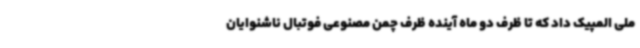
ملی المپیک داد که تا ظرف دو ماه آینده ظرف چمن مصنوعی فوتبال ناشنوایان